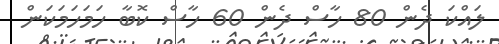
ލައްކަ ދެން 80 ހާސް ދެން 60 ހާސް ކޮބާ ހަމަހަމަކަން